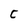
Character: C